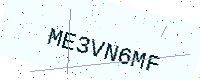
Text: ME3VN6MF